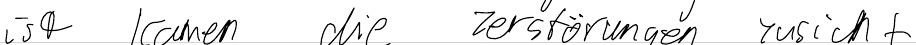
ist kamen die Zerstörungen zusicht